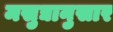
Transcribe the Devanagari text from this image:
मसुद्यानुसार